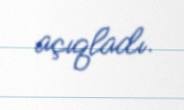
açıqladı.